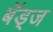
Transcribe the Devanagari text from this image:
बॅड्ज